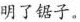
明了锯子。